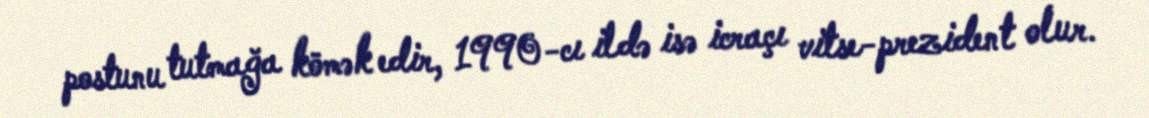
postunu tutmağa kömək edir, 1990-cı ildə isə icraçı vitse-prezident olur.